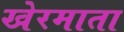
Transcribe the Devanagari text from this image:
खेरमाता